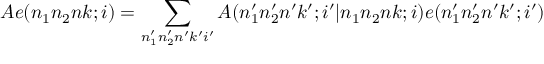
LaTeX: A e ( n _ { 1 } n _ { 2 } n k ; i ) = \sum _ { n _ { 1 } ^ { \prime } n _ { 2 } ^ { \prime } n ^ { \prime } k ^ { \prime } i ^ { \prime } } A ( n _ { 1 } ^ { \prime } n _ { 2 } ^ { \prime } n ^ { \prime } k ^ { \prime } ; i ^ { \prime } | n _ { 1 } n _ { 2 } n k ; i ) e ( n _ { 1 } ^ { \prime } n _ { 2 } ^ { \prime } n ^ { \prime } k ^ { \prime } ; i ^ { \prime } )